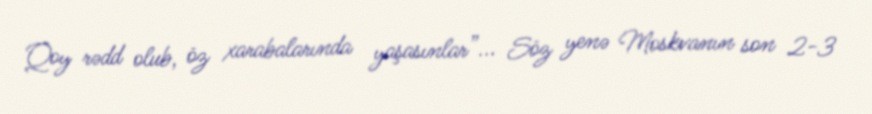
Qoy rədd olub, öz xarabalarında yaşasınlar”... Söz yenə Moskvanın son 2-3